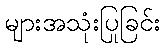
များအသုံးပြုခြင်း